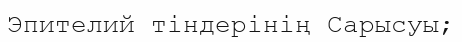
Эпителий тіндерінің Сарысуы;